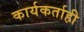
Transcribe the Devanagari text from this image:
कार्यकर्ताही